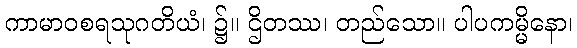
ကာမာဝစရသုဂတိယံ၊ ၌။ ဌိတဿ၊ တည်သော။ ပါပကမ္မိနော၊